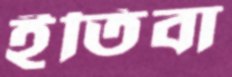
ইতিবা